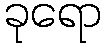
ခုရော